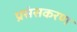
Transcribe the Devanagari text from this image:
प्रसंसकरण